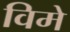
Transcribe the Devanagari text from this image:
विमे